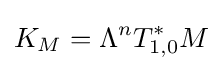
K_{M}=\Lambda ^{n}T_{1,0}^{*}M